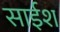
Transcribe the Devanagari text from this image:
साईश